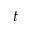
t